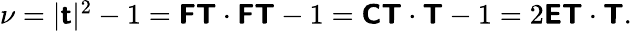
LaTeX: \begin{array}{r}{\nu=|\boldsymbol{\mathsf{t}}|^{2}-1=\boldsymbol{\mathsf{F}}\boldsymbol{\mathsf{T}}\cdot\boldsymbol{\mathsf{F}}\boldsymbol{\mathsf{T}}-1=\boldsymbol{\mathsf{C}}\boldsymbol{\mathsf{T}}\cdot\boldsymbol{\mathsf{T}}-1=2\boldsymbol{\mathsf{E}}\boldsymbol{\mathsf{T}}\cdot\boldsymbol{\mathsf{T}}.}\end{array}